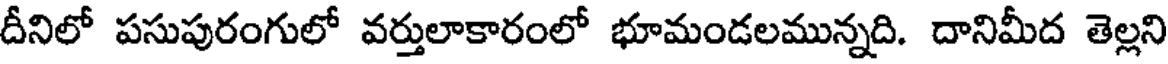
దీనిలో పసుపురంగులో వర్తులాకారంలో భూమండలమున్నది. దానిమీద తెల్లని